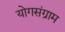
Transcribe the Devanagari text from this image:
योगसंग्राम